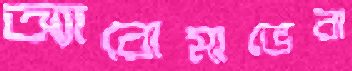
অ্যারোমাভেরা